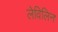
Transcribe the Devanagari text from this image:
लेविलिन